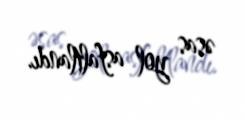
əsas yol asfaltlandı.